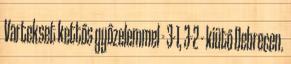
Vartekset kettős győzelemmel - 3-1, 3-2 - kiütő Debrecen.